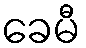
ခေမီ